Civil Veterinary Department Bihar & Orissa reports 1929-36 - 1929-1936
Year: 1929
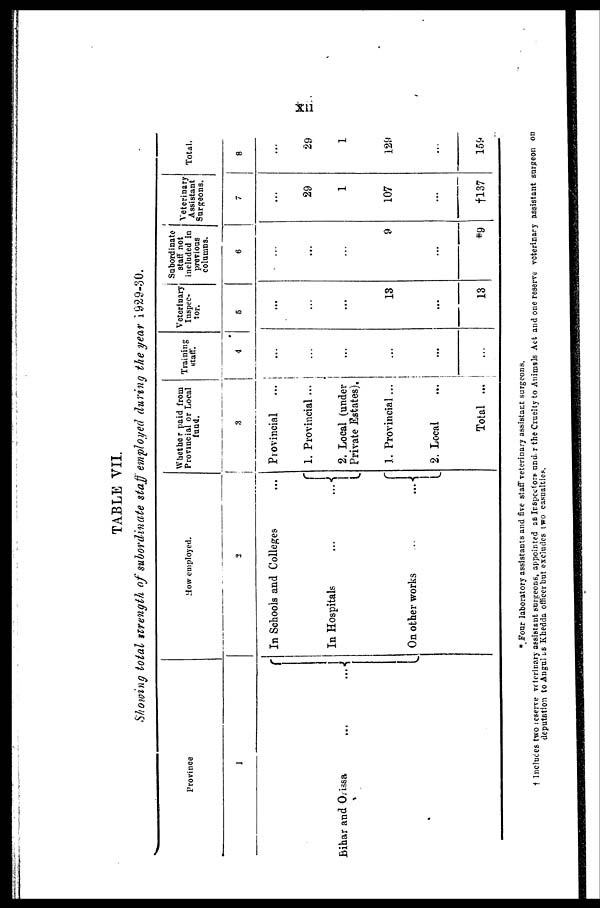
xii
TABLE VII.
Showing total strength of subordinate staff employed during the year 1929-30.
Province
1
Bihar and Orissa
How employed.
2
In Schools and Colleges
In Hospitals
...
...
On other works
...
...
Whether paid from
Provincial or Local
fund.
3
Provincial
1. Provincial ...
2 Local (under
Private Estates).
1. Provincial ...
2. Local
...
Total ...
Training
staff.
4
...
...
...
...
...
...
Veterinary
Inspec-
tor.
5
...
...
...
13
...
13
Subordinate
staff not
included in
previous
columns.
6
...
...
...
9
...
*9
Veterinary
Assistant
Surgeons.
7
...
29
1
107
...
†137
Total.
8
...
29
1
129
...
159
* Four laboratory assistants and five staff veterinary assistant surgeons.
† Induces two reserve veterinary assistant surgeons, appointed as Inspectors under the Cruelty to Animals Act and one reserve veterinary assistant surgeon on
deputation to Angul as Khedda officer but excludes two casualties.